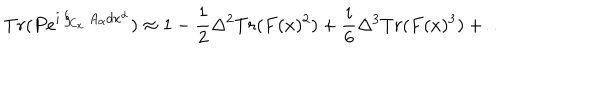
T r ( P e ^ { i \oint _ { C _ { x } } A _ { \alpha } d x ^ { \alpha } } ) \approx 1 - { \frac { 1 } { 2 } } \Delta ^ { 2 } T r ( F ( x ) ^ { 2 } ) + { \frac { i } { 6 } } \Delta ^ { 3 } T r ( F ( x ) ^ { 3 } ) + \dots